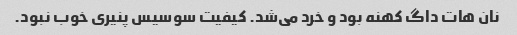
نان هات داگ کهنه بود و خرد می‌شد. کیفیت سوسیس پنیری خوب نبود.